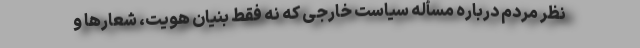
نظر مردم درباره مسأله سیاست خارجی که نه فقط بنیان هویت، شعارها و